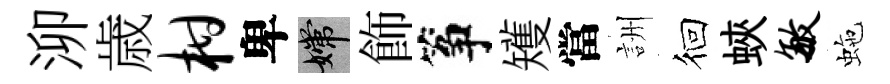
泖歳柑卑嫦飾筝矱當詶徊蛺敏虵